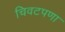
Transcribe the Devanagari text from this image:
चिवटपणा